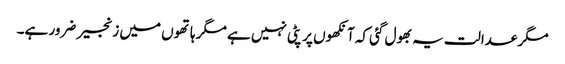
مگر عدالت یہ بھول گئی کہ آنکھوں پر پٹی نہیں ہے مگر ہاتھوں میں زنجیر ضرور ہے۔